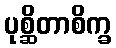
ပုစ္ဆိတာစိက္ခ